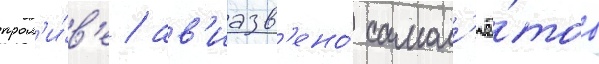
прол'и́в'е / ав'иазв'ено́ самол'ё́тов